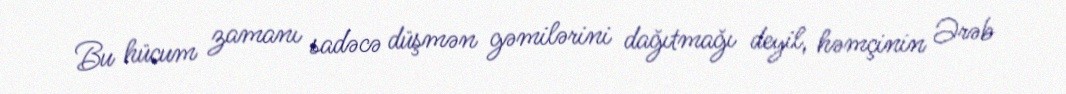
Bu hücum zamanı sadəcə düşmən gəmilərini dağıtmağı deyil, həmçinin Ərəb